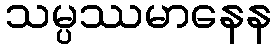
သမ္ပဿမာနေန